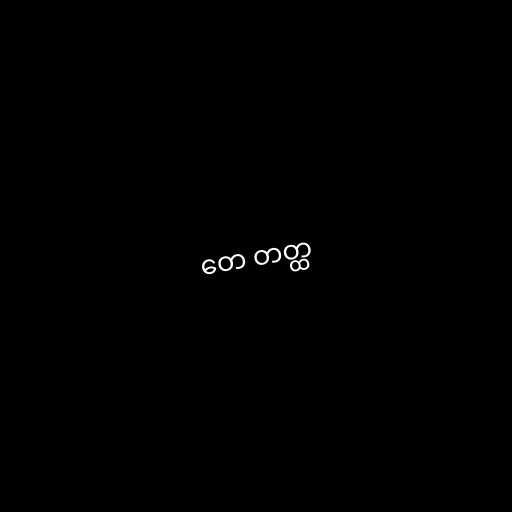
တေ တတ္ထ